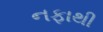
નફાથી